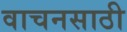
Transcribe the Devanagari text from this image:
वाचनसाठी